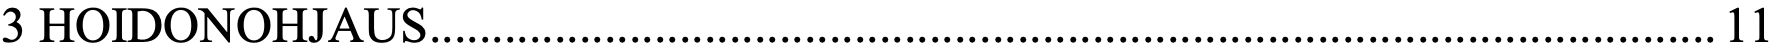
3 HOIDONOHJAUS ....................................................................................................... 11